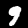
Label: 9